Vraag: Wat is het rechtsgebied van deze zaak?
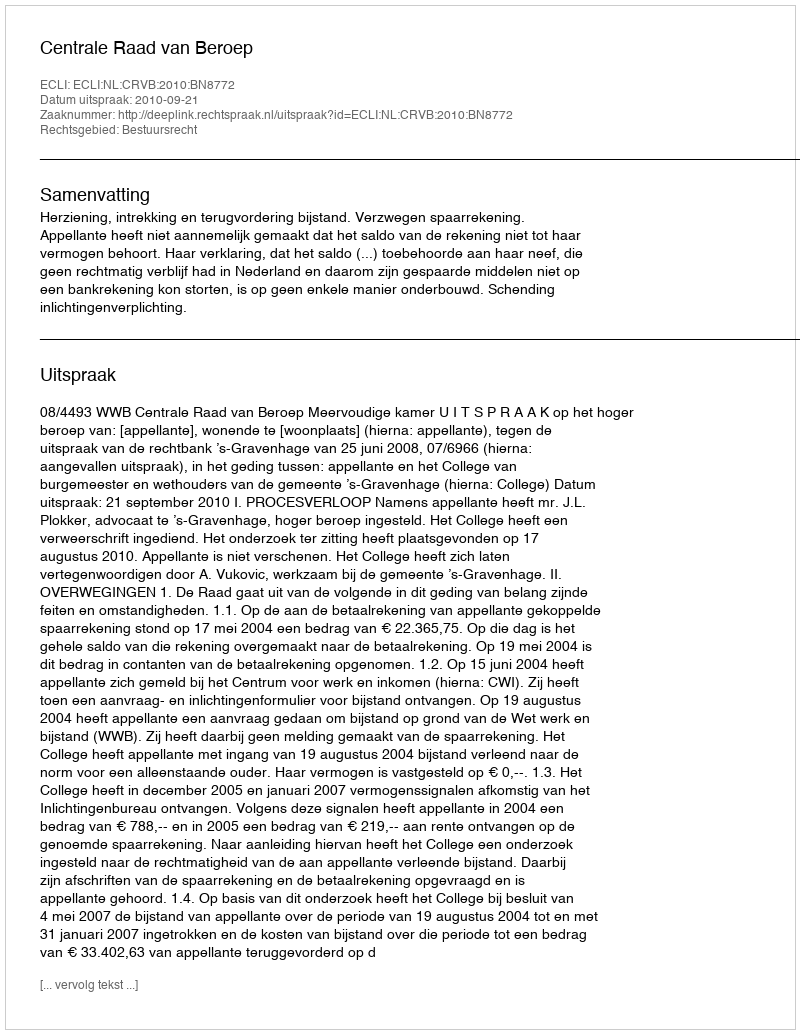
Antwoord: Bestuursrecht